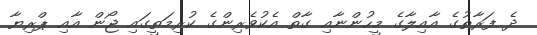
ދެ ފަރާތުގެ އާއިލާގެ މީހުންނާއި ގާތް އެކުވެރިންގެ ކުރިމަތީގައި ޖޯން އާއި ޕްރިޔާ